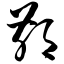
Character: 鄙